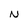
Character: N